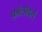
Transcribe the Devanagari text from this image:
फ़ॉलोवर्स